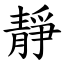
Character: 靜